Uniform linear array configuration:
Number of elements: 4
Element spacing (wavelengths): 0.25
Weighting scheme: hamming
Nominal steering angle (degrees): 30
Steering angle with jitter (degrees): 31.574
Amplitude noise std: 0.05
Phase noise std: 0.05

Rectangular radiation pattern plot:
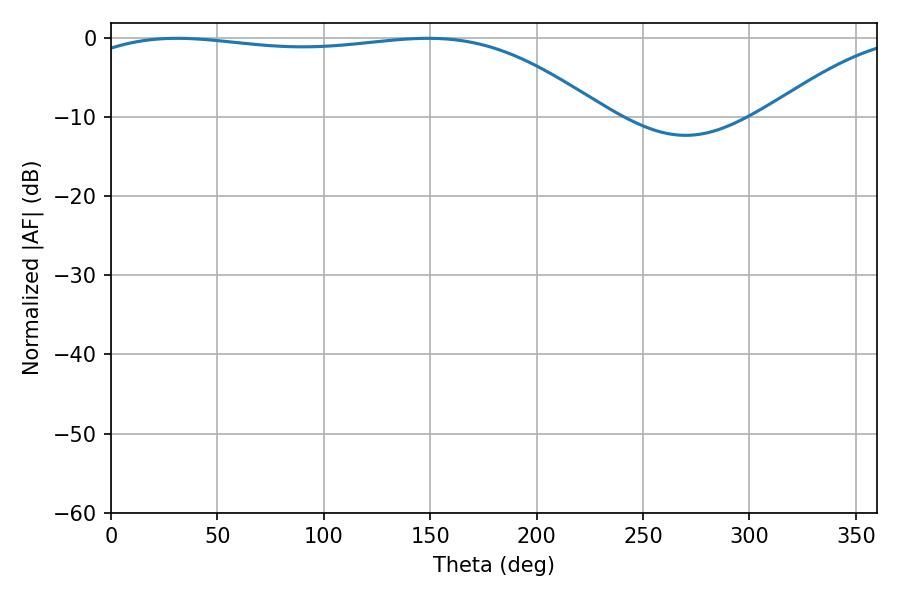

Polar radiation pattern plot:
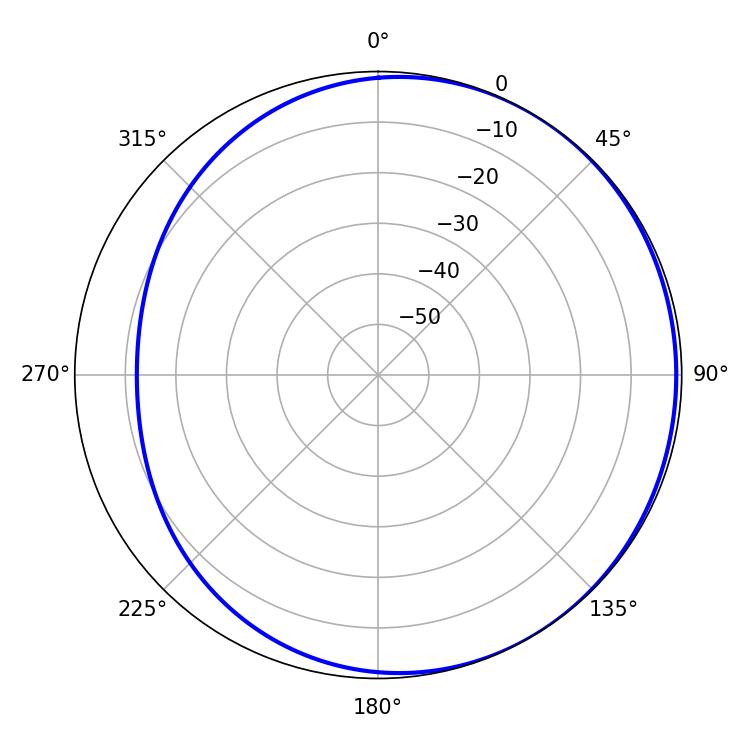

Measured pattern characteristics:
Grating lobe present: FALSE
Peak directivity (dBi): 1.44
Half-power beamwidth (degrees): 196.2
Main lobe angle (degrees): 30.96